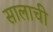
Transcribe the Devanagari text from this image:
सालाची